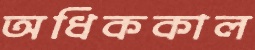
অধিককাল